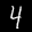
Label: 4